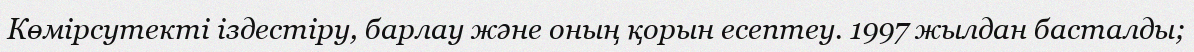
Көмірсутекті іздестіру, барлау және оның қорын есептеу. 1997 жылдан басталды;